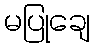
မပြုချေ